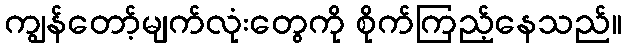
ကျွန်တော့်မျက်လုံးတွေကို စိုက်ကြည့်နေသည်။